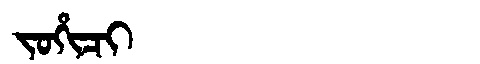
Manchu: ᠵᠣᡥᡳᠴᡳ
Romanization: JOHICI